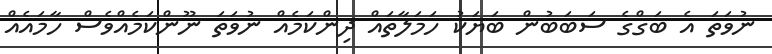
ނުވަތަ އެ ބަގްގެ ސަބަބުން ބަޔަކު ހަމަލާތައް ދިންކަމެއް ނުވަތަ ނޫންކަމެއްވެސް ހާމައެއް